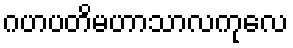
ဂဟပတိမဟာသာလကုလေ